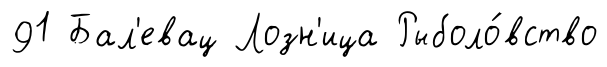
91 Бал'евац Лозн'ица Рыболо́вство